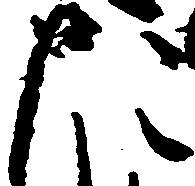
た